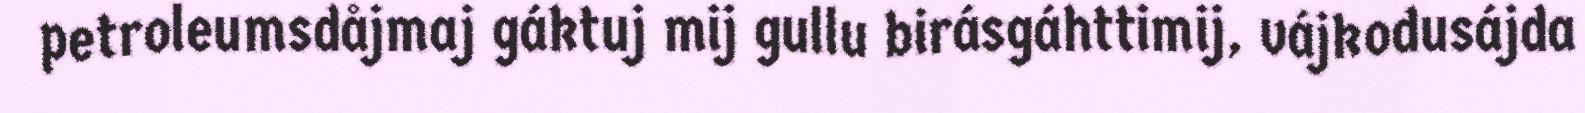
petroleumsdåjmaj gáktuj mij gullu birásgáhttimij, vájkodusájda